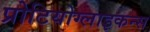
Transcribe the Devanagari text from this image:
प्रोटियोग्लाइकन्स